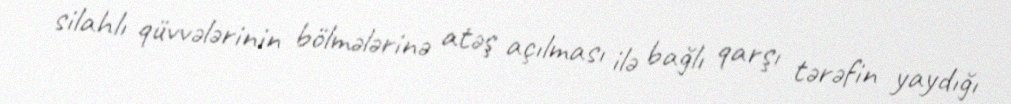
silahlı qüvvələrinin bölmələrinə atəş açılması ilə bağlı qarşı tərəfin yaydığı